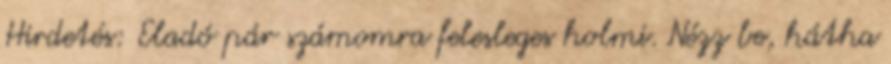
Hirdetés: Eladó pár számomra felesleges holmi. Nézz be, hátha